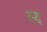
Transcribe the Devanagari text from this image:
स्द